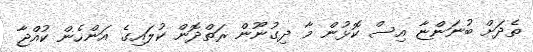
ތެދަށް ބުނަންޏާ އިސް ކޮޅުން މާ ދިގުނޫން ރަތްދޮން ކުލައިގެ އަންހެން ކުއްޖާ